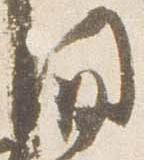
間